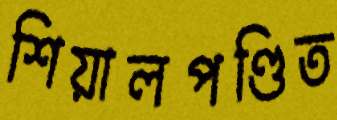
শিয়ালপণ্ডিত